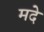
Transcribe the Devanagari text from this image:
मदे